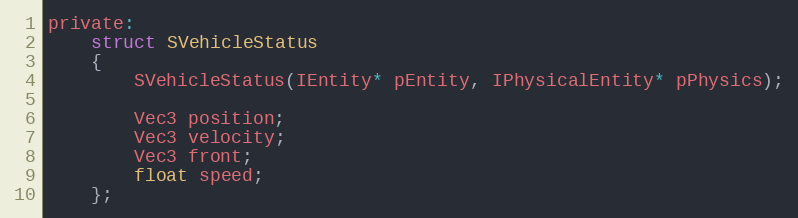
Language: C
private:
	struct SVehicleStatus
	{
		SVehicleStatus(IEntity* pEntity, IPhysicalEntity* pPhysics);

		Vec3 position;
		Vec3 velocity;
		Vec3 front;
		float speed;
	};